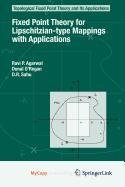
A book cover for Photoinduced Electron Transfer V (Topics in Current Chemistry); Science & Math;